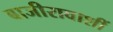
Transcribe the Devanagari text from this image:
बाजीरावाशीं